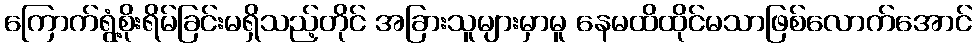
ကြောက်ရွံ့စိုးရိမ်ခြင်းမရှိသည့်တိုင် အခြားသူများမှာမူ နေမထိထိုင်မသာဖြစ်လောက်အောင်